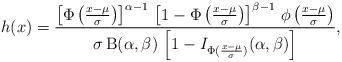
LaTeX: \begin{align*}h(x)&=\frac{\left[\Phi\left(\frac{x-\mu}{\sigma}\right)\right]^{\alpha-1}\,\left[1-\Phi\left(\frac{x-\mu}{\sigma}\right)\right]^{\beta-1}\,\phi\left(\frac{x-\mu}{\sigma}\right)}{\sigma\,\mathrm{B}(\alpha,\beta)\,\left[1-I_{\Phi(\frac{x-\mu}{\sigma})}(\alpha,\beta)\right]},\end{align*}